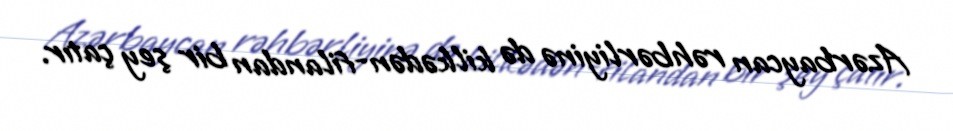
Azərbaycan rəhbərliyinə də kilkədən-filandan bir şey çatır.